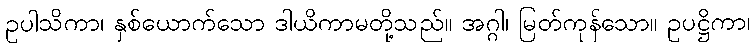
ဥပါသိကာ၊ နှစ်ယောက်သော ဒါယိကာမတို့သည်။ အဂ္ဂါ၊ မြတ်ကုန်သော။ ဥပဋ္ဌိကာ၊